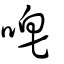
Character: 唣